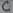
Text: C